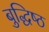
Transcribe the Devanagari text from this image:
बुद्धिष्‍ठ